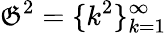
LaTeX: {\mathfrak{G}}^{2}=\{ k^{2}\} _{k=1}^{\infty}